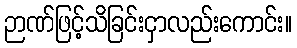
ဉာဏ်ဖြင့်သိခြင်းငှာလည်းကောင်း။